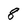
Character: 8